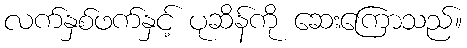
လက်နှစ်ဖက်နှင့် ပုဆိန်ကို ဆေးကြောသည်။